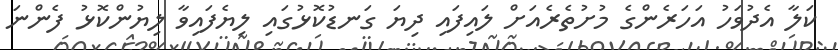
ކަލާ އެދުވަހު އަހަރެންގެ މުށުތެރެއަށް ލައިފައި ދިޔަ ގަނޑުކޮޅުގައި ލިޔެފައިވާ ލިޔުންކޮޅު ފެންނަ